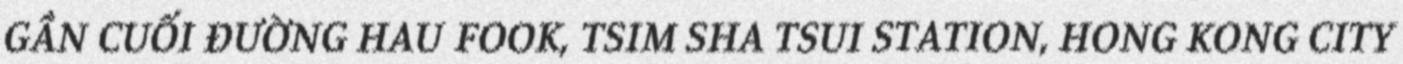
GẦN CUỐI ĐƯỜNG HAU FOOK, TSIM SHA TSUI STATION, HONG KONG CITY